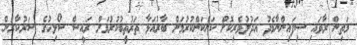
މަތިން ރާވައި ސިފައިންނާމެދު އަދުލުވެރިކޮށް ކަންކަންކުރުމަށް ބާރުއަޅާ ތަރުތީބުކުރުމަށް ރައީސް ސޯލިހުގެ ސަރުކާރުން